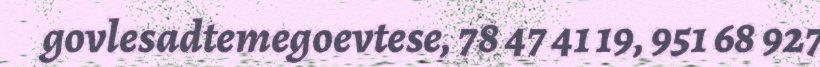
govlesadtemegoevtese, 78 47 41 19, 951 68 927